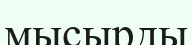
мысырды